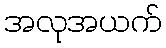
အလုအယက်